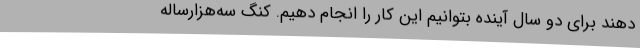
دهند برای دو سال آینده بتوانیم این کار را انجام دهیم. کنگ سه‌هزارساله